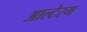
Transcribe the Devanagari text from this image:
आल्टेरम